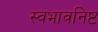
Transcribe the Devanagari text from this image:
स्वभावनिष्ट